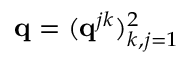
\mathbf { q } = ( \mathbf { q } ^ { j k } ) _ { k , j = 1 } ^ { 2 }